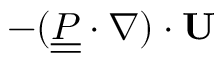
- ( \underline { { \underline { { P } } } } \cdot \nabla ) \cdot \mathbf { U }